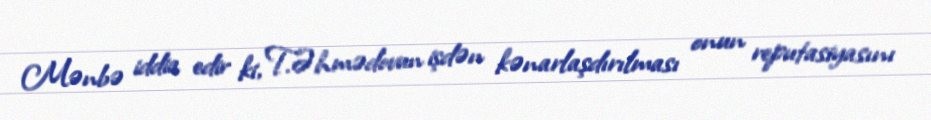
Mənbə iddia edir ki, T.Əhmədovun işdən kənarlaşdırılması onun reputasiyasını